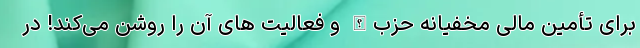
برای تأمین مالی مخفیانه حزب‌الله و فعالیت های آن را روشن می‌کند! در